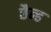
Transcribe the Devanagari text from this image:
छैन्ह